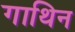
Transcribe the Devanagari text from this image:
गाथिन